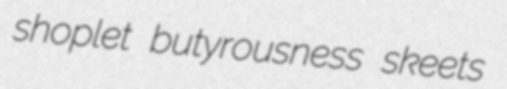
shoplet butyrousness skeets